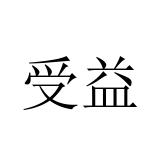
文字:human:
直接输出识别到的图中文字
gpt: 受益